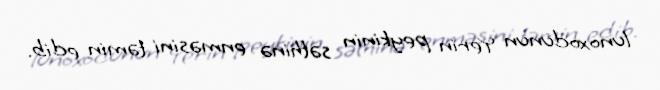
lunoxodunun Yerin peykinin səthinə enməsini təmin edib.